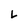
Character: L